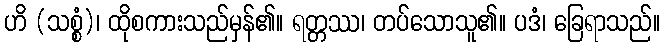
ဟိ (သစ္စံ)၊ ထိုစကားသည်မှန်၏။ ရတ္တဿ၊ တပ်သောသူ၏။ ပဒံ၊ ခြေရာသည်။